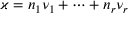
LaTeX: \varkappa = n _ { 1 } \nu _ { 1 } + \dots + n _ { r } \nu _ { r }